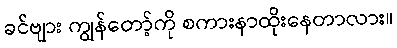
ခင်ဗျား ကျွန်တော့်ကို စကားနာထိုးနေတာလား။